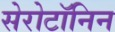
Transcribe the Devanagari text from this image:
सेरोटॉनिन